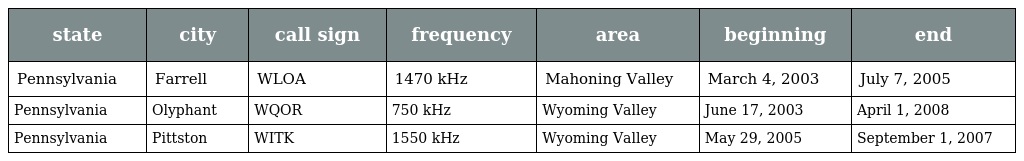
| state | city | call sign | frequency | area | beginning | end |
 | --- | --- | --- | --- | --- | --- | --- |
 | Pennsylvania | Farrell | WLOA | 1470 kHz | Mahoning Valley | March 4, 2003 | July 7, 2005 |
 | Pennsylvania | Olyphant | WQOR | 750 kHz | Wyoming Valley | June 17, 2003 | April 1, 2008 |
 | Pennsylvania | Pittston | WITK | 1550 kHz | Wyoming Valley | May 29, 2005 | September 1, 2007 |